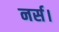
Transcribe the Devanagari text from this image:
नर्स।